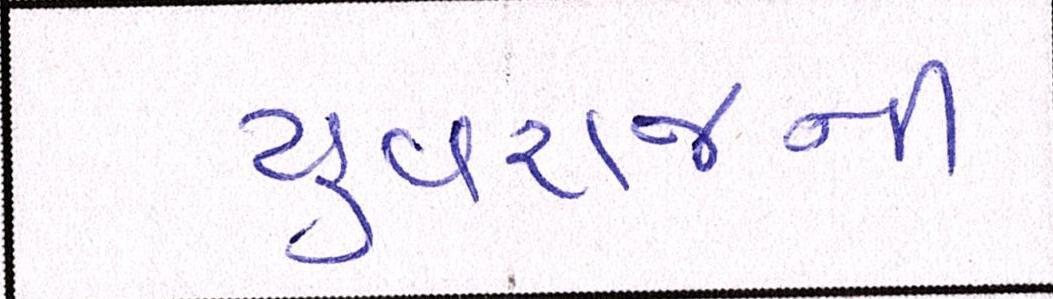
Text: યુવરાજની